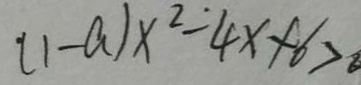
( 1 - a ) x ^ { 2 } - 4 x + 6 >